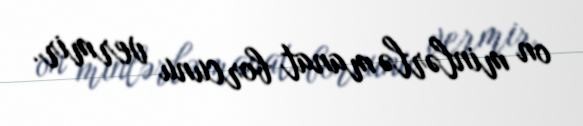
on minlərlə manat borcunu vermir.